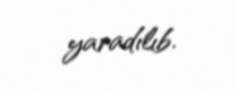
yaradılıb.